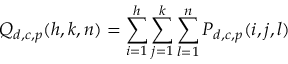
Q _ { d , c , p } ( h , k , n ) = \sum _ { i = 1 } ^ { h } \sum _ { j = 1 } ^ { k } \sum _ { l = 1 } ^ { n } P _ { d , c , p } ( i , j , l )